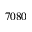
7 0 8 0